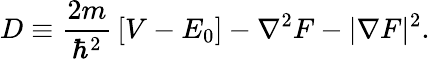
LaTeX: D\equiv{\frac{2m}{\hbar^{2}}}\left[V-E_{0}\right]-\nabla^{2}F-|{\mathbf\nabla}F|^{2}.